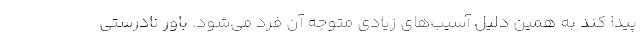
پیدا کند به همین دلیل آسیب‌های زیادی متوجه آن فرد می‌شود. باور نادرستی